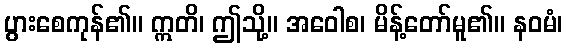
ပွားစေကုန်၏။ ဣတိ၊ ဤသို့။ အဝေါစ၊ မိန့်တော်မူ၏။ နဝမံ၊